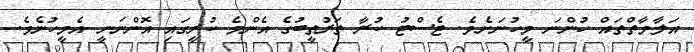
އަލާމާތްތައް ހުންނަ މީހުނަށެވެ. ޓެސްޓު ކުރާ ތަރުތީބުގެ އެންމެ ކުރީގައި އޮންނަނީ އެމީހުނެވެ.